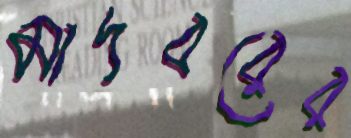
মাদবরের